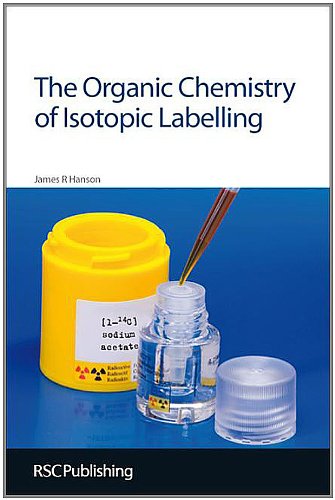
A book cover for The Organic Chemistry of Isotopic Labelling: RSC; James R Hanson; Science & Math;